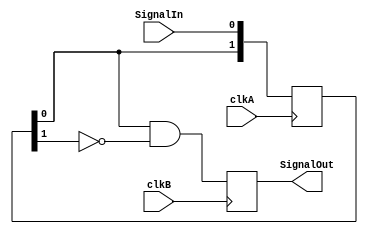
/*****
 * Synchronises a signal from the clkA clock domain to the clkB clock domain.
 * Signal may be active for one or more clkA clock cycles, but will only be active
 * for one clkB cycle on the rising edge.
 *
 * NOTE: May miss single pulses -- input should be active for at least one clock
 *       cycle.
 *****/
    
module Signal_CrossDomain_As_Flag(
    clkA, SignalIn, 
    clkB, SignalOut);

// clkA domain signals
	input clkA;
	input SignalIn;

// clkB domain signals
	input clkB;
	output SignalOut;

/*
/// This code is from fpga4fun.com and doesn't "quite" work right...

// Now let's transfer SignalIn into the clkB clock domain
// We use a two-stages shift-register to synchronize the signal
reg [1:0] SyncA_clkB;
always @(posedge clkB) SyncA_clkB[0] <= SignalIn;      // notice that we use clkB
always @(posedge clkB) SyncA_clkB[1] <= SyncA_clkB[0]; // notice that we use clkB

assign SignalOut = SyncA_clkB[1];  // new signal synchronized to (=ready to be used in) clkB domain
*/

	reg [1:0] SrA;
	reg outbuf;

	always @(posedge clkA) SrA <= {SrA[0], SignalIn};
	always @(posedge clkB) outbuf <= (SrA[0] && !SrA[1]);
	assign SignalOut = outbuf;

endmodule

// vim: ts=3 sw=3